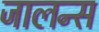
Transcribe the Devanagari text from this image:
जालन्स